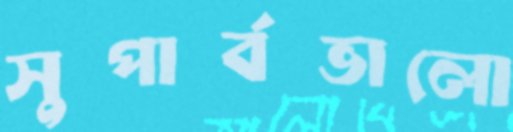
সুপার্বভালো